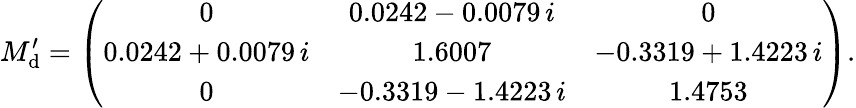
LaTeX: M_{\mathrm{d}}^{\prime}=\left(\begin{array}{ccc}{{0}}&{{0.0242-0.0079\, i}}&{{0}}\\ {{0.0242+0.0079\, i}}&{{1.6007}}&{{-0.3319+1.4223\, i}}\\ {{0}}&{{-0.3319-1.4223\, i}}&{{1.4753}}\end{array}\right).